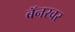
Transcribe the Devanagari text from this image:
बॅनरवर